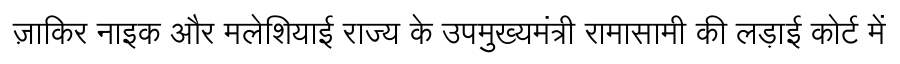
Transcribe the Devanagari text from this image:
ज़ाकिर नाइक और मलेशियाई राज्य के उपमुख्यमंत्री रामासामी की लड़ाई कोर्ट में